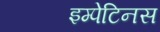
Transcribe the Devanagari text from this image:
इम्पेटिनस